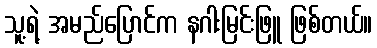
သူ့ရဲ့ အမည်ပြောင်က နဂါးမြင်းဖြူ ဖြစ်တယ်။